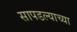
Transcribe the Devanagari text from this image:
सापडल्याच्या